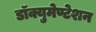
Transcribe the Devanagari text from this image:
डॉक्युमेण्टेशन